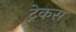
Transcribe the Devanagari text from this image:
ट्रेकस